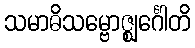
သမာဓိသမ္ဗောဇ္ဈင်္ဂေါတိ